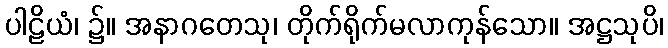
ပါဠိယံ၊ ၌။ အနာဂတေသု၊ တိုက်ရိုက်မလာကုန်သော။ အဋ္ဌသုပိ၊